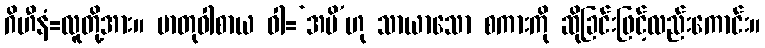
ဂိဟီနံ=လူတို့အား။ မာတုဝါစာယ ဝါ=‘အမိ’ဟု သာယာသော စကားကို ဆိုခြင်းဖြင့်လည်းကောင်း။